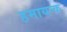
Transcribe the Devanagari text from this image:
हमायन्क